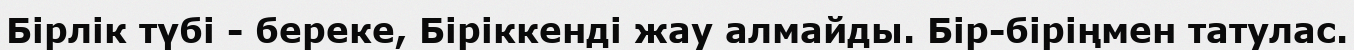
Бірлік түбі - береке, Біріккенді жау алмайды. Бір-біріңмен татулас.